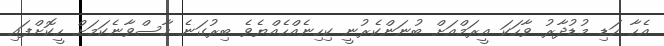
އެހާ ހަޑި މުޑުދާރު ވާހަކަ އީރަމްއަށް ބުނަންކެރުނީ ކިހިނެއްހެއްޔެވެ ބިރުގަނެ ހާސްވާނެކަމަށް ހީކޮށްފައި